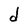
Character: d